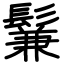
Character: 鬑